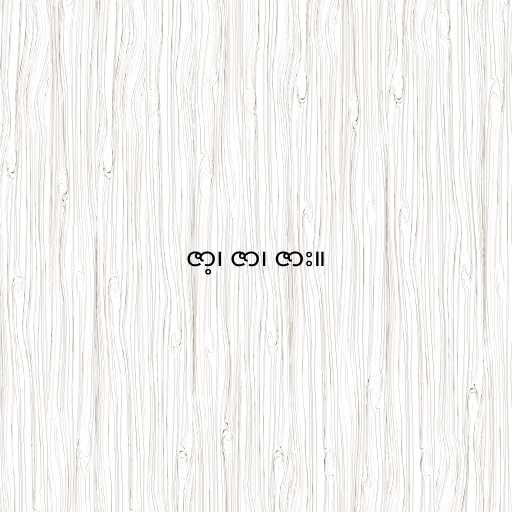
ဇာ့၊ ဇာ၊ ဇား။